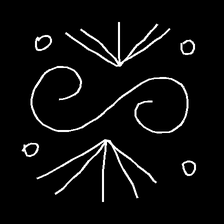
Glyph: aeroform